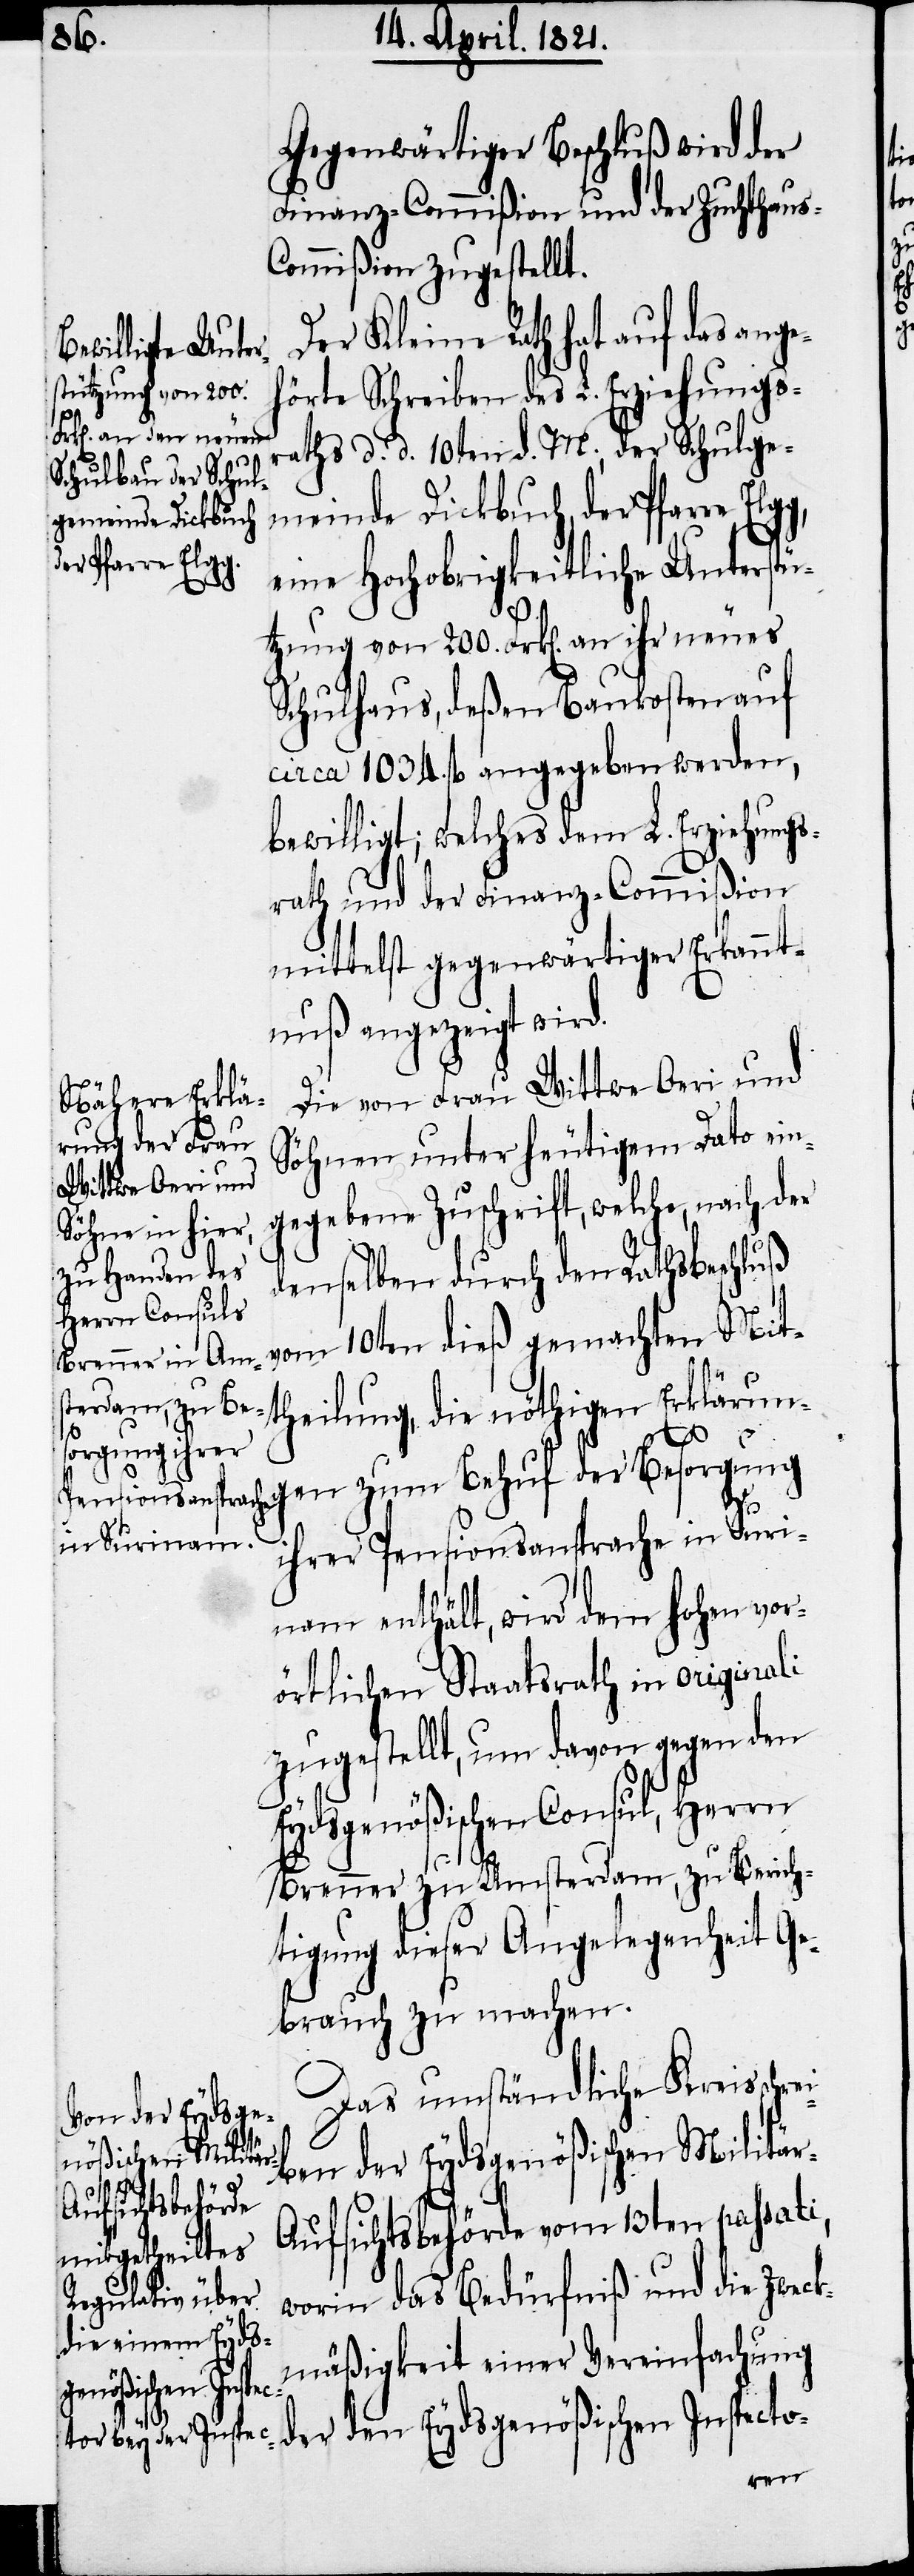
Gegenwärtiger Beschluß wird der
Finanz-Commißion und der Zuchthaus-C¬
ommißion zugestellt.
Der Kleine Rath hat auf das ang¬
ehörte Schreiben des L. Erziehungs¬
rathes d. d. 10ten d. M., der Schulge¬
meinde Dickbuch, der Pfarre
eine Hochobrigkeitliche Unterstü¬
tzung von 200. Frk[en]. an ihr neues
Schulhaus, deßen Baukosten auf
circa 1034. fl. angegeben werden,
bewilligt; welches dem L. Erziehungs¬
rath und der Finanz-Commißion
mittelst gegenwärtiger Erkannt¬
nuß angezeigt wird.
Die von Frau Wittwe Oeri und
Söhnen unter heutigem Dato ein¬
gegebene Zuschrift, welche, nach der
denselben durch den Rathsbeschluß
vom 10ten dieß gemachten Mit¬
theilung, die nöthigen Erklärun¬
r-A¬
gen zum Behuf der Besorgung
ihrer Pensionsansprache in Suri¬
nam enthält, wird dem hohen vor¬
örtlichen Staatsrath in originali
zugestellt, um davon gegen den
Eydsgenößischen Consul, Herrn
Brenner zu Amsterdam, zu Berich¬
tigung dieser Angelegenheit Ge¬
brauch zu machen.
Das umständliche Kreisschrei¬
ben der Eydsgenößischen Militä¬
ufsichtsbehörde vom 13ten passati,
worin das Bedürfniß und die Zweck¬
mäßigkeit einer Vereinfachung
der den Eydsgenößischen Inspecto-